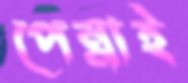
পেন্নাই